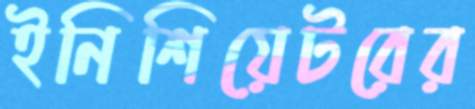
ইনিশিয়েটরের